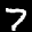
Label: 7